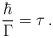
LaTeX: \begin{align*}\frac{\hbar}{\Gamma} = \tau\,.\end{align*}